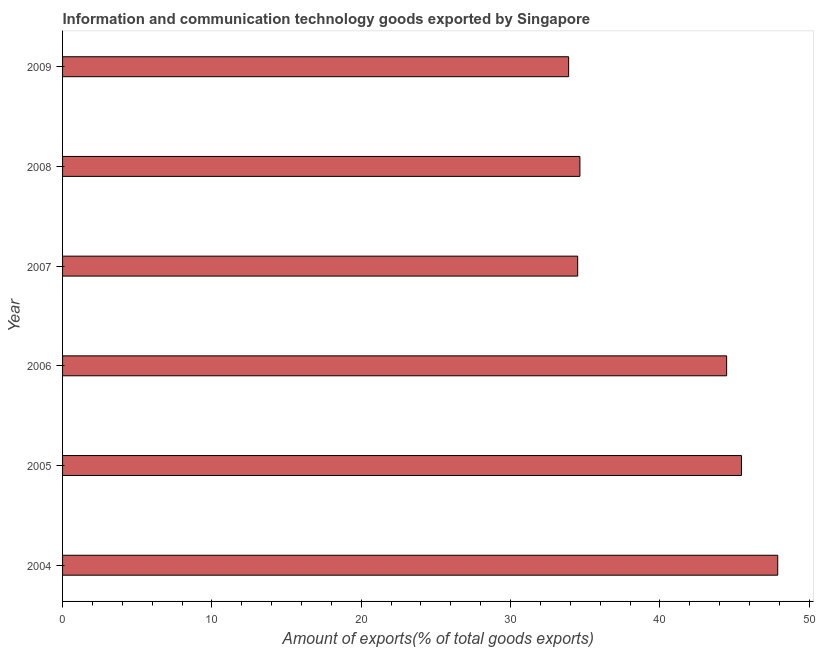
| Year | ICT goods exports |
 | --- | --- |
 | 2004 | 47.9 |
 | 2005 | 45.5 |
 | 2006 | 44.5 |
 | 2007 | 34.5 |
 | 2008 | 34.6 |
 | 2009 | 33.9 |